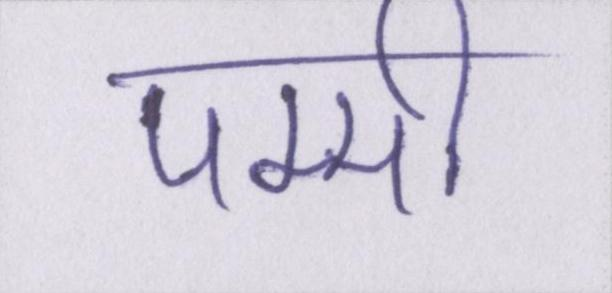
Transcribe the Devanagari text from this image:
पम्मी